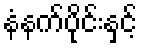
နံနက်ပိုင်းနှင့်